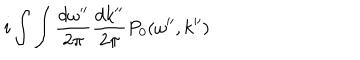
i \int \int \frac { d \omega ^ { \prime \prime } } { 2 \pi } \frac { d k ^ { \prime \prime } } { 2 \pi } P _ { 0 } ( \omega ^ { \prime \prime } , k ^ { \prime \prime } )